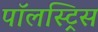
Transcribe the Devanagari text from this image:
पॉलस्ट्रिस